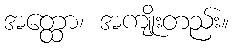
အတ္ထော၊ အကျိုးတည်း။